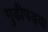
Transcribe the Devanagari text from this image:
गुडीपड़वा